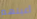
أعينهم